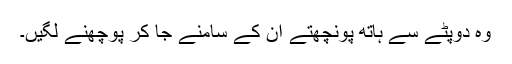
وہ دوپٹے سے ہاتھ پونچھتے ان کے سامنے جا کر پوچھنے لگیں۔